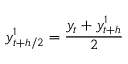
y _ { t + h / 2 } ^ { 1 } = { \frac { y _ { t } + y _ { t + h } ^ { 1 } } { 2 } }